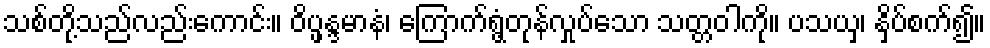
သစ်တို့သည်လည်းကောင်း။ ဝိပ္ဖန္ဒမာနံ၊ ကြောက်ရွံ့တုန်လှုပ်သော သတ္တဝါကို။ ပသယှ၊ နှိပ်စက်၍။